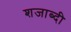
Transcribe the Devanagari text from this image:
शजाब्दी